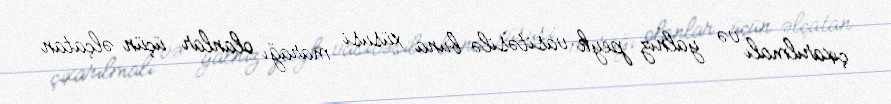
çıxarılmalı və yalnız peyk vasitəsilə buna xüsusi marağı olanlar üçün əlçatan